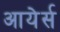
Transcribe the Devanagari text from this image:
आयेर्स